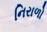
નિરાળો